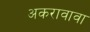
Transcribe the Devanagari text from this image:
अकरावावा